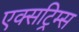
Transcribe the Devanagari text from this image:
एक्सट्रिम्स